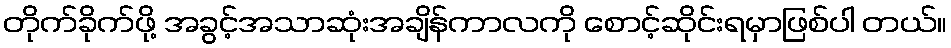
တိုက်ခိုက်ဖို့ အခွင့်အသာဆုံးအချိန်ကာလကို စောင့်ဆိုင်းရမှာဖြစ်ပါ တယ်။